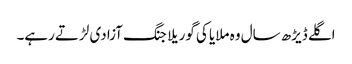
اگلے ڈیڑھ سال وہ ملایا کی گوریلا جنگ آزادی لڑتے رہے۔